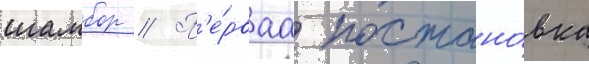
шамбор // П'е́рваа постано́вка